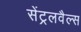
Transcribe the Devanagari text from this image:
सेंट्रलवैल्स